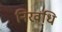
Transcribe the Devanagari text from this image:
निरवधि